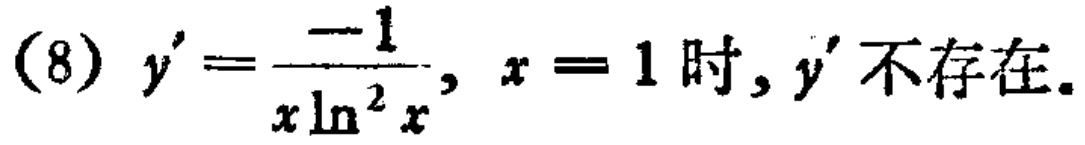
(8) \(y'=\frac{-1}{x\ln^{2}x}\), \(x = 1\) 时, \(y'\) 不存在.